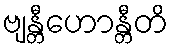
ဗျန္တီဟောန္တီတိ